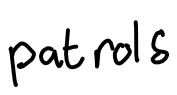
Text: patrols
Cross-out: clean
Writing tool: digital_black